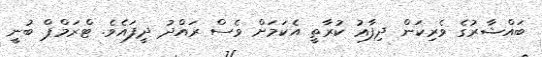
ބައްޝާރުގެ ވެރިކަން ދިފާޢު ކުރާތީ އެކަމަށް ވެސް ރައްދު ދީފައެވެ. ޓްރަމްޕް ބުނީ